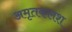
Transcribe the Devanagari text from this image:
अमृतकलश